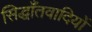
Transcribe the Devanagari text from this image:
सिद्धाँतवादियों